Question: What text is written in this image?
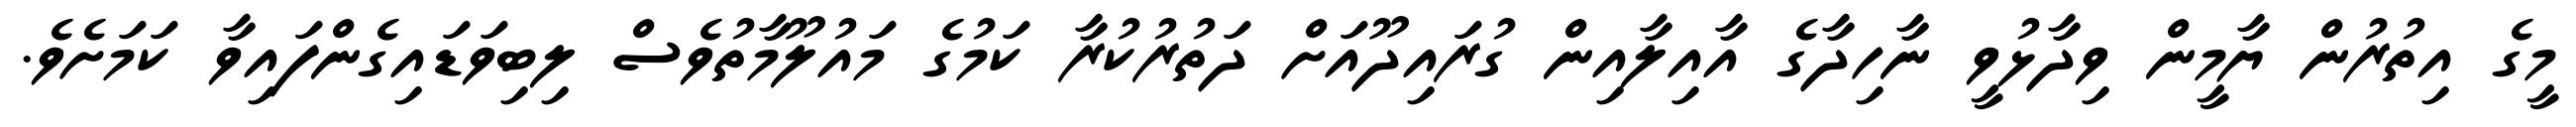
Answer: މީގެ އިތުރުން ޔާމީން ވިދާޅުވީ ނާހިދާގެ އާއިލާއިން ގުރައިދޫއަށް ދަތުރުކުރާ ކަމުގެ މައުލޫމާތުވެސް ލިބިވަޑައިގެންފައިވާ ކަމަށެވެ.